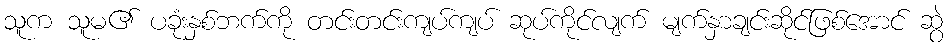
သူက သူမ၏ ပခုံးနှစ်ဘက်ကို တင်းတင်းကျပ်ကျပ် ဆုပ်ကိုင်လျက် မျက်နှာချင်းဆိုင်ဖြစ်အောင် ဆွဲ